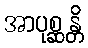
အာပုစ္ဆန္တိ